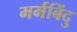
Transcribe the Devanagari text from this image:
मर्मबिंदु